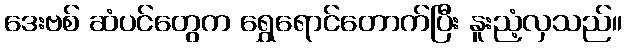
ဒေးဗစ် ဆံပင်တွေက ရွှေရောင်တောက်ပြီး နူးညံ့လှသည်။